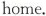
home.